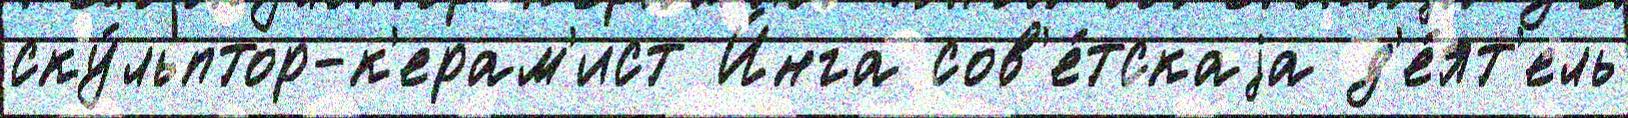
ску́льптор-к'ерам'ист И́нга сов'е́тскаjа д'е́ят'ель